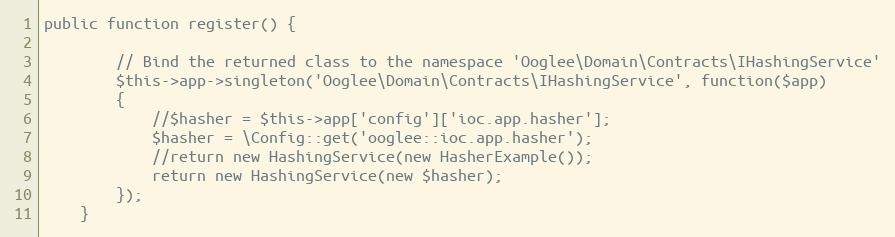
Language: PHP
public function register() {

        // Bind the returned class to the namespace 'Ooglee\Domain\Contracts\IHashingService'
        $this->app->singleton('Ooglee\Domain\Contracts\IHashingService', function($app)
        {
            //$hasher = $this->app['config']['ioc.app.hasher'];
            $hasher = \Config::get('ooglee::ioc.app.hasher');
            //return new HashingService(new HasherExample());
            return new HashingService(new $hasher);
        });
    }